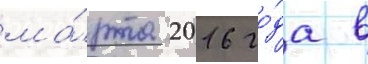
ма́рта 2016 го́да в